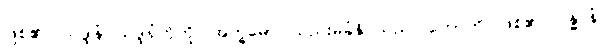
ဖြစ်၏။ သဒ္ဒါနံ၊ သဒ္ဒါရုံတိုကို။ အက္ခမော၊ သည်းမခံနိုင်သည်။ ဟောတိ၊ ဖြစ်၏။ ဂန္ဓာနံ၊